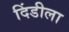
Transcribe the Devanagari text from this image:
दिंडीला